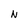
Character: N